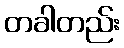
တခါတည်း